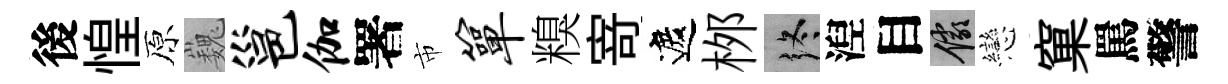
後惶原巍邕伽署市箪糗𭔃遮桞终湼目儼戀窠罵警